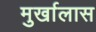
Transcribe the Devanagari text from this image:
मुर्खालास